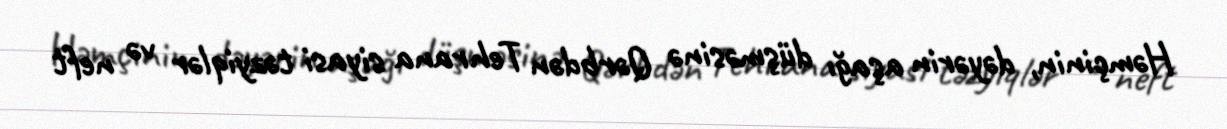
Həmçinin, dəyərin aşağı düşməsinə Qərbdən Tehrana siyasi təzyiqlər və neft